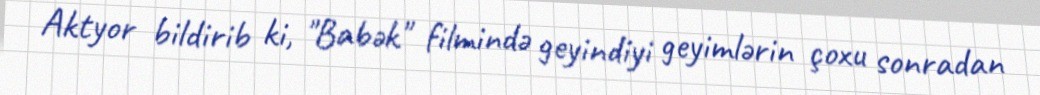
Aktyor bildirib ki, "Babək" filmində geyindiyi geyimlərin çoxu sonradan